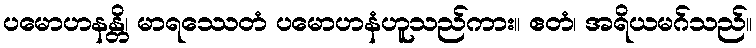
ပမောဟနန္တိ၊ မာရဿေတံ ပမောဟနံဟူသည်ကား။ ဧတံ၊ အရိယမဂ်သည်။